Medical and sanitary report of the native army of Bengal for the year
Year: 1874
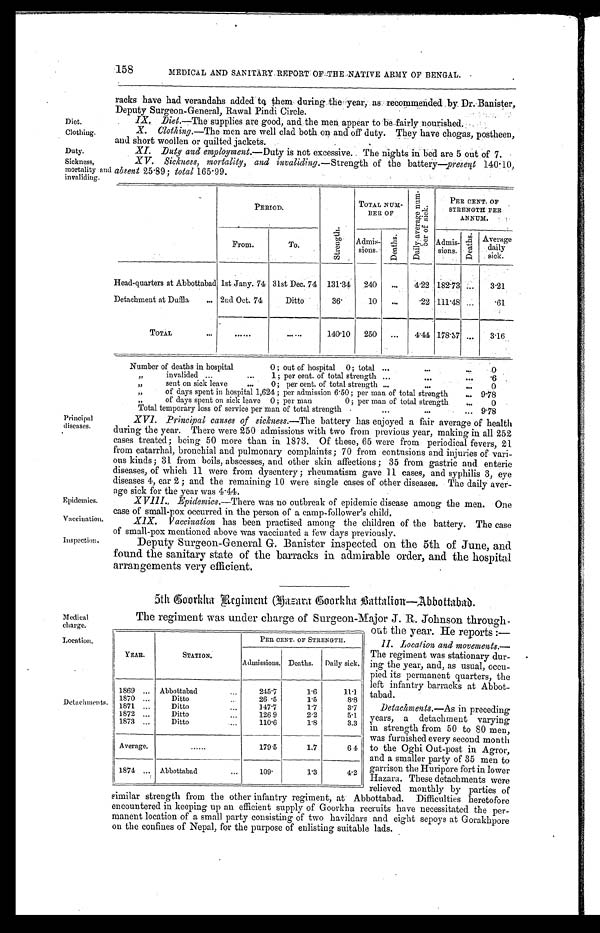
Diet.
Clothing.
Duty.
Principal
diseases.
Epidemics.
'Vaccination.
Inspection.
Medical
charge.
Location,
158
MEDICAL AND SANITARY REPORT OF THE NATIVE ARMY OF BENGAL.
racks have had verandahs added to them during the year, as recommended by Dr. Banister,
Deputy Surgeon-General, Rawal Pindi Circle.
IX, .Diet.—The supplies are good, and the men appear to be fairly nourished.
X. Clothing.—The men are well clad both on and off duty. They have chogas, postheen,
and short woollen or quilted jackets.
XI. Duty and employment. —Duty is not excessive. The nights in bed are 5 out of 7.
Sickness,
mortality and
invaliding.
XV. Sickness, mortality, and invaliding. —Strength of the battery—present 140.10,
absent 25.89; total 165.99.
PERIOD.
S t r e n g t h .
TOTAL NUM-
BER OF
D a i l y a v e r a g e n u m -
b e r o f s i c k .
PER CENT. OF
STRENGTH PER
ANNUM.
From.
To.
Admis-
sions.
D e a t h s .
Admis- sions.
D e a t h s . Average
daily
sick.
Head-quarters at Abbottabad 1st Jany. 74 31st Dec. 74 131.34 240
4.22 182.73
3.21
Detachment at Duffla
2nd Oct. 74
Ditto
3 6 .
10
.22 111.48
. 6 1
TOTAL
140.10 250
4.44 178.37
3.16
Number of deaths in hospital 0; out of hospital 0; total
0
„ invalided 1; per cent. of total strength
.6
„
sent on sick leave 0; per cent. of total strength
0
„
of days spent in hospital 1,624; per admission 6.50; per man of total strength
9.78
„ o f d a y s
s p e n t
o n s i c k
l e a v e
0 ; per man
0; per man of total strength
0
Total temporary loss of service per man of total strength
9.78
XVI. Principal causes of sickness. —The battery has enjoyed a fair average of health
during the year. There were 250 admissions with two from previous year, making in all 252
eases treated; being 50 more than in 1873. Of these, 65 were from periodical fevers, 21
from catarrhal, bronchial and pulmonary complaints; 70 from contusions and injuries of vari
- o u s k i n d s ; 3 1 f r o m b o i l s , a b s c e s s e s , a n d o t h e r s k i n a f f e c t i o n s ; 3 5 f r o m g a s t r i c a n d e n t e r i c
diseases, of which 11 were from dysentery; rheumatism gave 11 cases, and syphilis 3, eye
diseases 4, ear 2; and the remaining 10 were single cases of other diseases. The daily aver
- a g e s i c k f o r t h e y e a r w a s 4 . 4 4 .
XVIII., Epidemics.—There was no outbreak of epidemic disease among the men. One
case of small-pox occurred in the person of a camp-follower's child.
Detachments.
X X1X. Vaccination has been practised among the children of the battery. The case
of small-pox mentioned above was vaccinated a few days previously.
Deputy Surgeon-General Banister inspected on the 5th of June, and
found the sanitary state of the barracks in admirable order, and the hospital
arrangements very efficient.
5th Goorkha Regiment Hazara Goorkha Battalian—Abbottabab.
The regiment was under charge of Surgeon-Major J. R. Johnson through
-out the year. He reports : —
11. Location and movements.—
The regiment was stationary dur
-ing the year, and, as usual, occu
- p i e d i t s p e r m a n e n t q u a r t e r s , t h e
left infantry barracks at Abbot
- t a b a d .
Detachments.—As in preceding
years, a detachment varying
in strength from 50 to 80 men,
was furnished every second month
to the Oghi Out-post in Agror,
and a smaller party of 35 men to
garrison the Huripore fort in lower
Hazara. These detachments were
relieved monthly by parties of
similar strength from the other infantry regiment, at Abbottabad. Difficulties heretofore
encountered in keeping up an efficient supply of Goorkha recruits have necessitated the per
- m a n e n t l o c a t i o n o f a s m a l l p a r t y c o n s i s t i n g o f t w o h a v i l d a r s a n d e i g h t s e p o y s a t G o r a k h p o r e
on the confines of Nepal, for the purpose of enlisting suitable lads.
YEAR.
STATION.
PER CENT. OF STRENGTH.
Admissions. Deaths. Daily sick.
1869
Abbottabad
245.'7
1.6
11.1
1870
Ditto
26.5
1.5
8.8
1871
Ditto
147.7
1.7
3.7
1872
Ditto
126.9
2.2
5.1
1873
Ditto
110.6
1.8
3.3
Average
179.5
1.7
6.4
1874
Abbottabad
109.
1.3
4.2